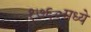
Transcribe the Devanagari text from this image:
१७६०मध्ये